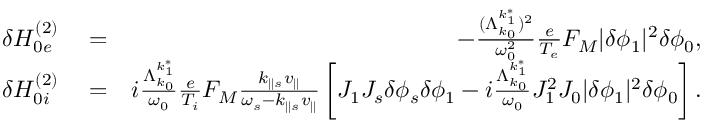
\begin{array} { r l r } { \delta H _ { 0 e } ^ { ( 2 ) } } & { { } = } & { - \frac { ( \Lambda _ { k _ { 0 } } ^ { k _ { 1 } ^ { * } } ) ^ { 2 } } { \omega _ { 0 } ^ { 2 } } \frac { e } { T _ { e } } F _ { M } \lvert \delta \phi _ { 1 } \rvert ^ { 2 } \delta \phi _ { 0 } , } \\ { \delta H _ { 0 i } ^ { ( 2 ) } } & { { } = } & { i \frac { \Lambda _ { k _ { 0 } } ^ { k _ { 1 } ^ { * } } } { \omega _ { 0 } } \frac { e } { T _ { i } } F _ { M } \frac { k _ { \parallel s } v _ { \parallel } } { \omega _ { s } - k _ { \parallel s } v _ { \parallel } } \left[ J _ { 1 } J _ { s } \delta \phi _ { s } \delta \phi _ { 1 } - i \frac { \Lambda _ { k _ { 0 } } ^ { k _ { 1 } ^ { * } } } { \omega _ { 0 } } J _ { 1 } ^ { 2 } J _ { 0 } \lvert \delta \phi _ { 1 } \rvert ^ { 2 } \delta \phi _ { 0 } \right] . } \end{array}